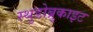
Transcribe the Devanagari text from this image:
स्थुडोब्रुकाइट